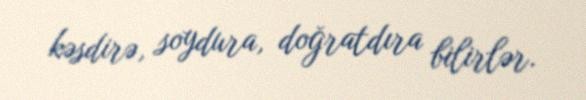
kəsdirə, soydura, doğratdıra bilirlər.